Lunatic asylums Punjab 1911-1921 - 1911-1921
Year: 1911
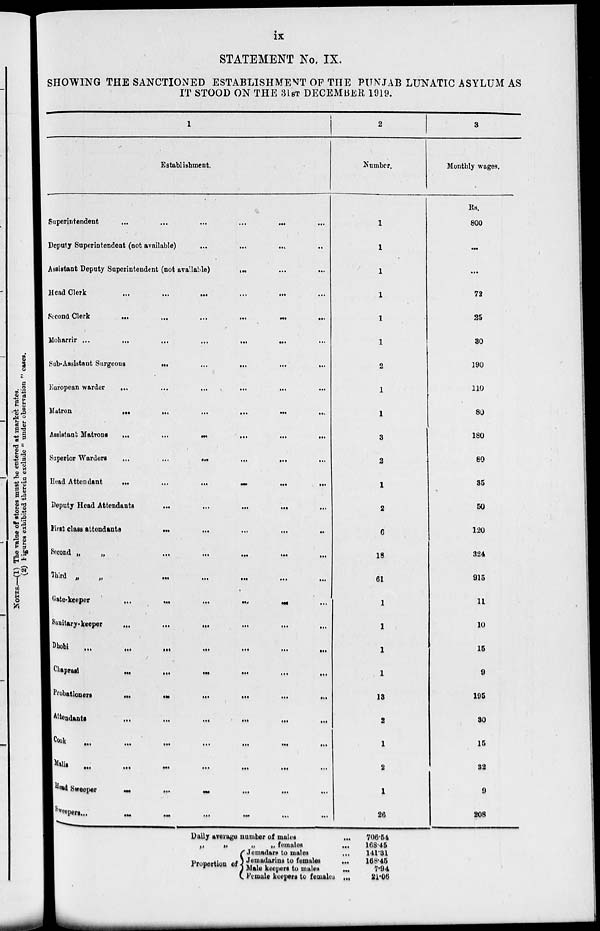
ix
STATEMENT No. IX.
SHOWING THE SANCTIONED ESTABLISHMENT OF THE PUNJAB LUNATIC ASYLUM AS
IT STOOD ON THE 31ST DECEMBER 1919.
1
Establishment.
Superintendent
...
...
...
...
...
...
Deputy Superintendent (not available)
...
...
....
...
Assistant Deputy Superintendent (not available)
...
...
...
Head Clerk
...
...
...
...
... ...
Second Clerk
...
...
Moharrir ...
...
...
...
... ... ...
Sub-Assistant Surgeons ... ... ... ... ...
European warder
... ... ... ... ... ...
Matron
...
...
...
...
...
...
Assistant Matrons
...
...
...
...
...
...
Superior Warders
...
...
...
...
...
...
Head Attendant
...
...
...
...
...
...
Deputy Head Attendants
...
...
...
... ...
First class attendants
...
...
...
...
...
Second
„
„
...
...
...
...
...
Third
„
„
...
...
...
...
...
Gate-keeper
...
...
... ... ... ...
Sanitary-keeper
...
...
... ... ... ...
Dhobi
...
...
...
...
...
...
...
Chaprasi ... ... ...
Probationers
...
...
...
...
...
...
Attendants
...
...
...
...
...
...
Cook
...
...
...
...
...
...
...
Malis
...
...
...
...
...
...
...
Head Sweeper
...
... ... ... ... ...
Sweepers
...
...
...
...
...
...
2
Number.
1
1
1
1
1
1
2
1
1
3
2
1
2
6
18
61
1
1
1
1
13
2
1
2
1
26
3
Monthly wages.
Rs.
800
...
...
72
25
30
190
110
80
180
80
35
50
120
324
915
11
10
15
9
195
30
15
32
9
208
Daily average number of males
...
„
„
„
„ females
...
Proportion of
Jemadars to males ...
Jemadarins to females
...
Male keepers to males
...
Female keepers to females ...
706.54
168.45
141.31
168.45
7.94
21.06